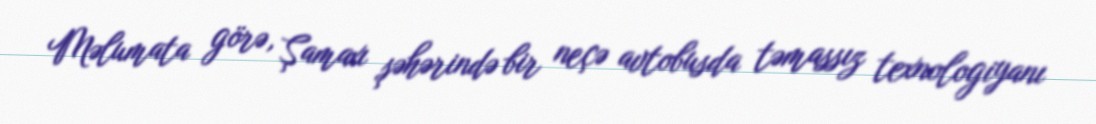
Məlumata görə, Şamaxı şəhərində bir neçə avtobusda təmassız texnologiyanı